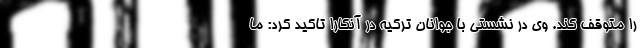
را متوقف کند. وی در نشستی با جوانان ترکیه در آنکارا تاکید کرد: ما